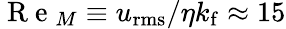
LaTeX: \mathrm{~R~e~}_{M}\equiv u_{\mathrm{rms}}/\eta k_{\mathrm{f}}\approx 15